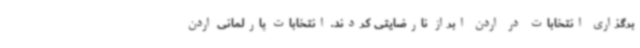
برگزاری انتخابات در اردن ابراز نارضایتی کردند. انتخابات پارلمانی اردن